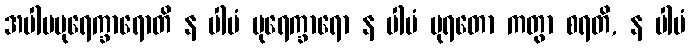
အပါပပုရေက္ခာရောတိ န ပါပံ ပုရေက္ခာရော န ပါပံ ပုရတော ကတွာ စရတိ, န ပါပံ